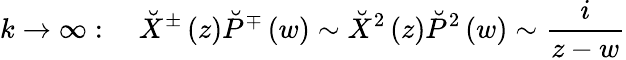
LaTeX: k\rightarrow\infty:\quad\breve{X}^{\pm}\left(z\right)\breve{P}^{\mp}\left(w\right)\sim\breve{X}^{2}\left(z\right)\breve{P}^{2}\left(w\right)\sim\frac i{z-w}